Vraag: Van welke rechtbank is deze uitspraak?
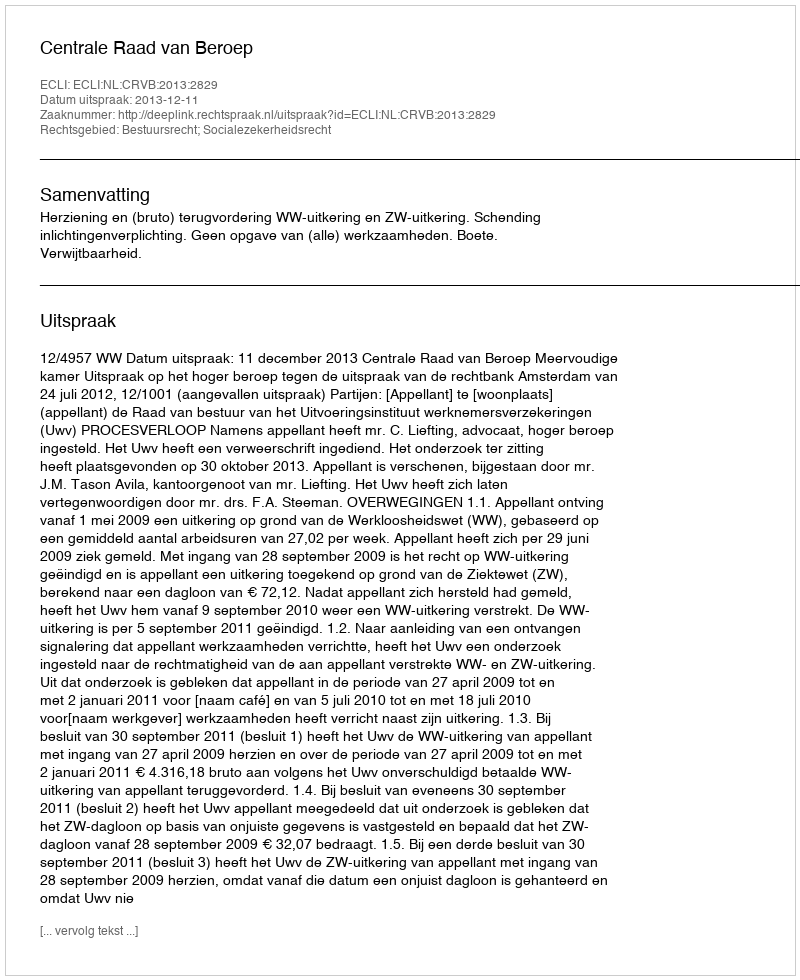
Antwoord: Centrale Raad van Beroep